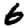
Digit: 6